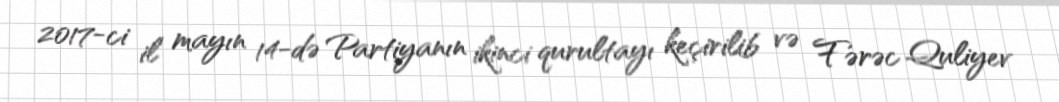
2017-ci il mayın 14-də Partiyanın ikinci qurultayı keçirilib və Fərəc Quliyev